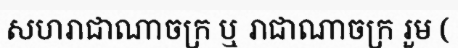
សហរាជាណាចក្រ ឬ រាជាណាចក្រ រួម (